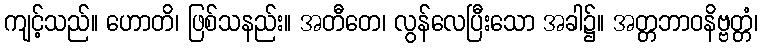
ကျင့်သည်။ ဟောတိ၊ ဖြစ်သနည်း။ အတီတေ၊ လွန်လေပြီးသော အခါ၌။ အတ္တဘာဝနိဗ္ဗတ္တံ၊